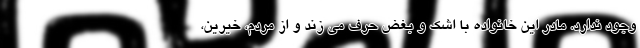
وجود ندارد. مادر این خانواده با اشک و بغض حرف می زند و از مردم، خیرین،